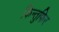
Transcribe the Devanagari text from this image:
किन्तुफिर